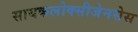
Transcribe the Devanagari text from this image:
सायकलोक्सीजेनसेस